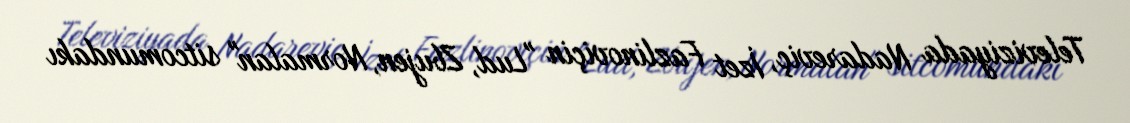
Televiziyada Nadareviç, İzet Fazlinoviçin "Lud, Zbujen, Normalan" sitcomundakı